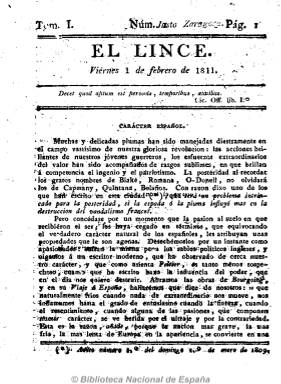
Título: El Lince (Habana)
Otros títulos: Lince extraordinario
Colección: Periódicos anteriores a 1850
Ámbito geográfico: Cuba
Lugar de publicación: La Habana
Fechas: 01/02/1811-01/05/1812

Es el primer periódico de los muchos que aparecerán en Cuba tras el primer decreto de libertad de imprenta en España, dictado por las Cortes gaditanas el diez de noviembre de 1810. Su primer número aparece el uno de febrero de 1811, sus entregas tienen un formato en 4º, de cuatro páginas, compuestas a una columna, que saldrán de la Imprenta del Gobierno y Capitanía General, “con superior permiso”. Empezará apareciendo tres veces a la semana (martes, viernes y domingo), aunque no guardará una frecuencia regular (a veces sale jueves y domingo) y publicará entregas extraordinarias bajo el título Lince extraordinario. En su primer artículo, bajo el epígrafe Carácter español, se refiere a “nuestra gloriosa revolución”, que no es otra que la que se está librando en la península ibérica contra el ejército imperial napoleónico, citando entre sus líderes a liberales como Antonio Capmany (1742-1813) o Manuel José Quintana (1772-1857).

En sus páginas se ofrecen noticias de los acontecimientos bélicos que se están produciendo en España, recopiladas de sus periódicos, como El Conciso, Diario de Cádiz, Gazeta de la Regencia, El Redactor General o Gaceta de Madrid, datadas en Cádiz, Valencia y otras ciudades, así como otras extractadas de “papeles” extranjeros, referidas a Inglaterra, Francia, Portugal, Suecia o Estados Unidos, y datadas en ciudades de estos países. También da cuenta del desarrollo de las Cortes gaditanas, publica comentarios, artículos comunicados, manifiestos, edictos o decretos, y ofrece otros contenidos de variedades, curiosidades o descubrimientos técnicos. Tiene una breve sección bajo el epígrafe Teatro, en donde da un avance de las representaciones en la capital cubana.

La edición y redacción de este periódico es atribuida a dos religiosos y destacados escritores y periodistas cubanos de ideas reformadoras como lo fueron José Agustín Caballero (1762-1835) y Domingo Mendoza. El primero de ellos redactó ese mismo año 1811 un proyecto de gobierno autonómico para Cuba dirigido a las Cortes de Cádiz, y los dos fueron nombrados vocales de la Junta de Censura por el capitán general de Cuba y marqués de Someruelos, el también “patriota” Salvador de Muro (1754-1813), de cuyas desavenencias entre ellos se da cuenta en el número 84, de 22 de septiembre de 1811.

Al final, el periódico saldrá de la Imprenta Nueva de Arazoza y Soler, y el 114 es el último número de la colección de la Biblioteca Nacional de España, correspondiente al uno de mayo de 1812.